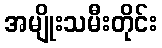
အမျိုးသမီးတိုင်း